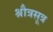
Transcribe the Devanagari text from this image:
श्रौत्रसूत्र